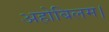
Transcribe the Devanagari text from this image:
अहोबिलम।